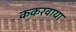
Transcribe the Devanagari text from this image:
ककरवाया